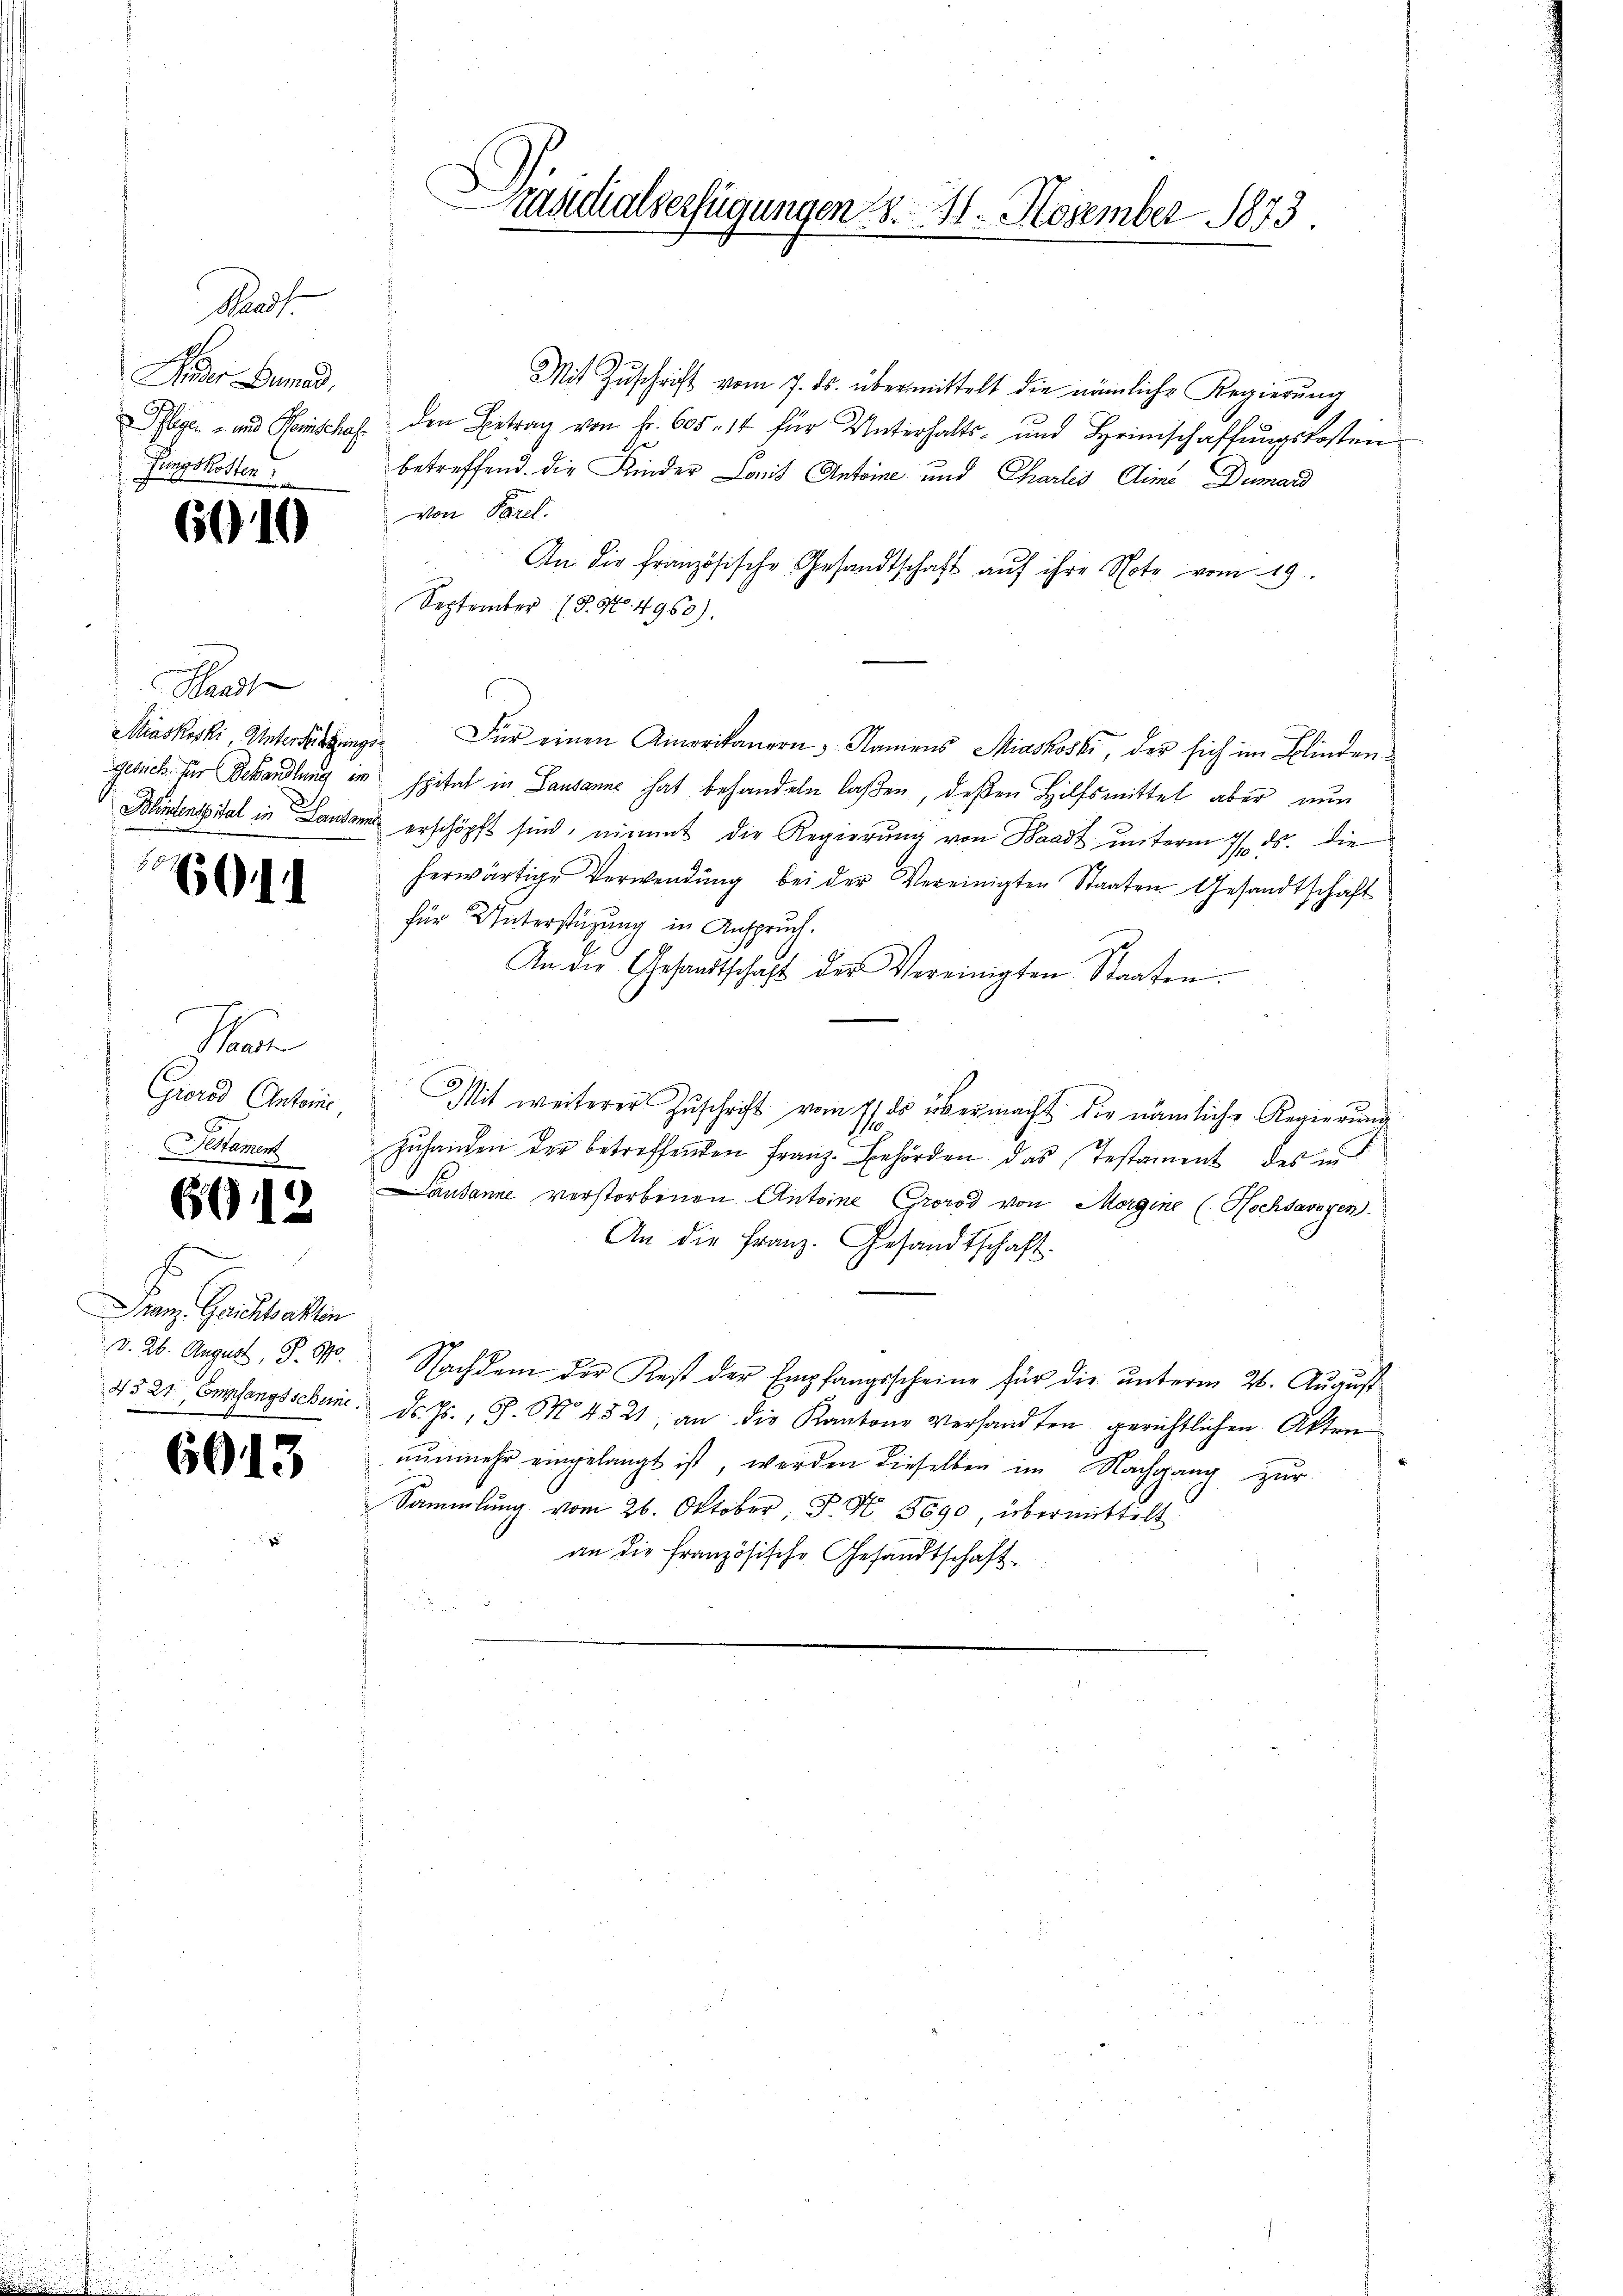
Paass
Finder Bund,
fungskosten

6910

Hart

60

n
Giorod Antonie,

6612

Franz. Gerichtsakten
d. 26. August, S. 890.

6013

Mit Zŭschrift vom 7. ds. übermittelt die nämliche Regierŭng
Pflegen- und Heinschaf den Betrag von Fr. 605 n 14 für Unterhalts- und Heimschaffŭngskosten
betreffend die Kinder Laut Antoine und Charlis Alime Dumard
Von Parel.
An die Französische Gesandtschaft auf ihre Note vom 19.
September (§. No. 4960).
Miaskoski, Unterfügung. Für einen Amerikanern, Namens Miaskoski, der sich im Blinden
gesich für Behandlung im spital in Lausanne hat behandeln laßen, deßen Hilfsmittel aber nun
Klintenspital in Landans erschöpft sind, nimmt die Regierung von Waadt unterm 7. ds. die
herwärtige Verwendung bei der Vereinigten Staaten Gesandtschaft
für Unterstüzung in Anspruch.
An die Gesandtschaft der Vereinigten Staaten.
Mit weiterer Zuschrift vom 7. ds übermacht die nämliche Regierung
Zuhanden der betreffenden Franz-Behörden das Testament des in
Lausanne verstorbenen Antoine Grorod von Morgine (Hochsavoyen.
An die Franz. Gesandtschaft.
Nachdem der Rest der Empfangsscheine für die unterm 26. August
4321 Empfangsscheine. Dr. Js., S. Nr. 4521, an die Kantone versandten gerichtlichen Akten
nŭnmehr eingelangt ist, werden dieselben im Nachgang zŭr
Sammlung vom 26. Oktober, P. N. 5690, übermittelt
an die französische Gesandtschaft¬

ruadialserfügungen 28. 11. November 1873.